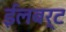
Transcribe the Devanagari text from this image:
ईलबर्ट